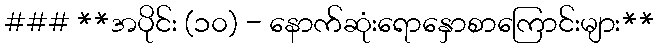
### **အပိုင်း (၁၀) - နောက်ဆုံးရောနှောစာကြောင်းများ**